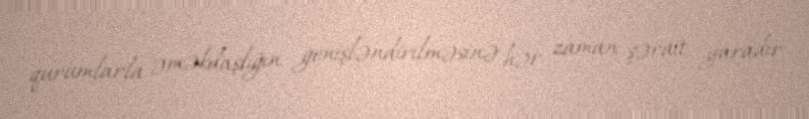
qurumlarla əməkdaşlığın genişləndirilməsinə hər zaman şərait yaradır.